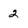
Character: 2